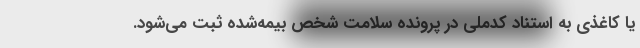
یا کاغذی به استناد کدملی در پرونده سلامت شخص بیمه‌شده ثبت می‌شود.